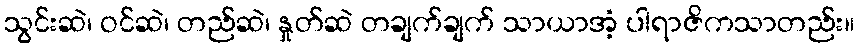
သွင်းဆဲ၊ ဝင်ဆဲ၊ တည်ဆဲ၊ နှုတ်ဆဲ တချက်ချက် သာယာအံ့ ပါရာဇိကသာတည်း။